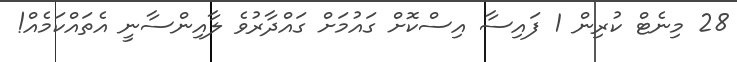
28 މިނެޓް ކުރިން 1 ފައިސާ އިސްކޮށް ގައުމަށް ގައްދާރުވެ ލާއިންސާނީ އެތައްކަމެއް!